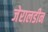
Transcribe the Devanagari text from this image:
जेरालडीन